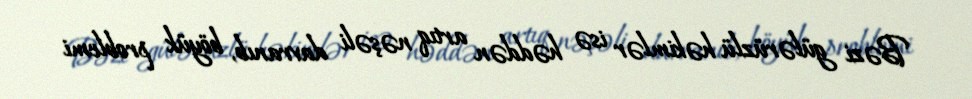
Bəzi gülərüzlü həkimlər isə həddən artıq nəşəli davranıb, böyük problemi